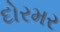
દોરમર